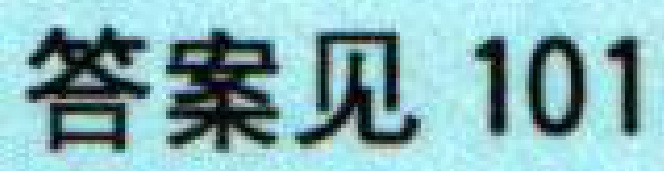
答案见 101